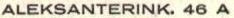
ALEKSANTERINK. 46 A